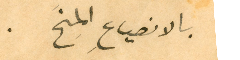
بالانصياعِ المِنَح.